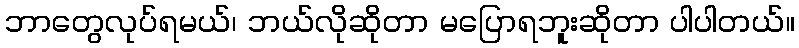
ဘာတွေလုပ်ရမယ်၊ ဘယ်လိုဆိုတာ မပြောရဘူးဆိုတာ ပါပါတယ်။